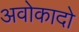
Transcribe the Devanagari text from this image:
अवोकादो